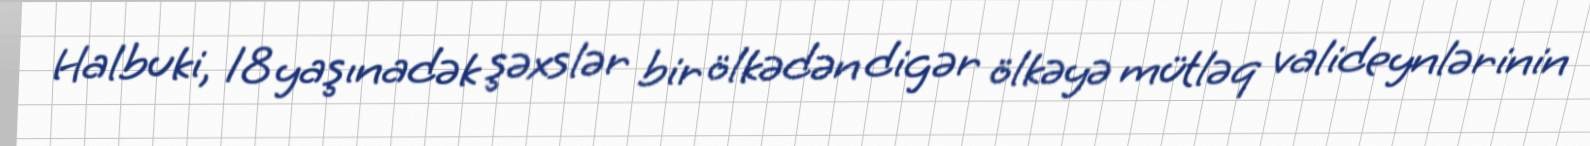
Halbuki, 18 yaşınadək şəxslər bir ölkədən digər ölkəyə mütləq valideynlərinin